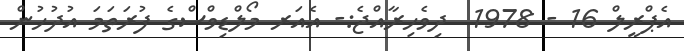
އެޕްރީލް 16 - 1978  ދިވެހިރާއްޖެ:- އެއަރ މޯލްޑިވްސްގެ ފުރަތަމަ އުދުހުން